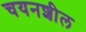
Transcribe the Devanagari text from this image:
चयनशील